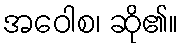
အဝေါစ၊ ဆို၏။